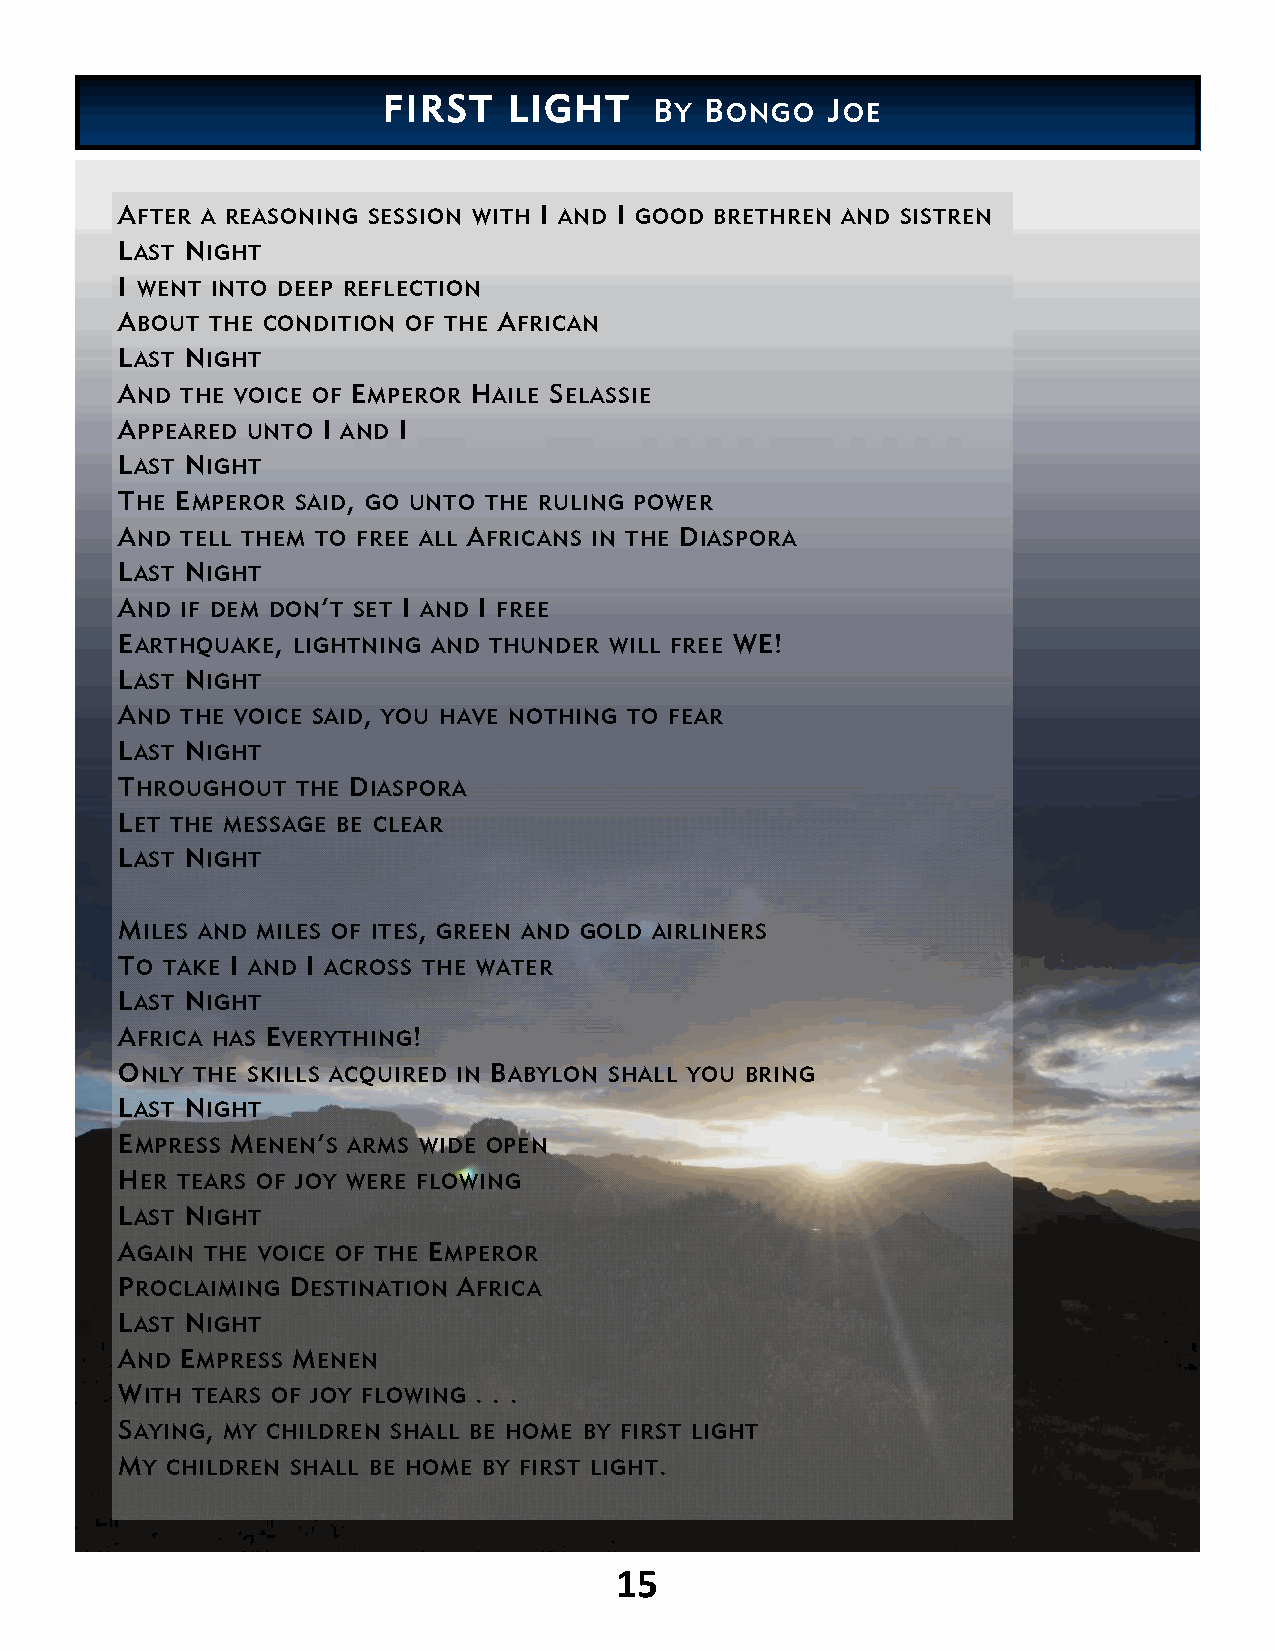
FIRST    LIGHT    BY  BONGO   JOE
 AFTER A REASONING SESSION WITH I AND I GOOD BRETHREN AND SISTREN
 LAST NIGHT
 I WENT INTO DEEP REFLECTION
 ABOUT THE CONDITION OF THE AFRICAN
 LAST NIGHT
 AND THE VOICE OF EMPEROR HAILE SELASSIE
 APPEARED UNTO I AND I
 LAST NIGHT
 THE EMPEROR SAID, GO UNTO THE RULING POWER
 AND TELL THEM TO FREE ALL AFRICANS IN THE DIASPORA
 LAST NIGHT
 AND IF DEM DON’T SET I AND I FREE
 EARTHQUAKE, LIGHTNING AND THUNDER WILL FREE WE!
 LAST NIGHT
 AND THE VOICE SAID, YOU HAVE NOTHING TO FEAR
 LAST NIGHT
 THROUGHOUT  THE DIASPORA
 LET THE MESSAGE BE CLEAR
 LAST NIGHT
 MILES AND MILES OF ITES, GREEN AND GOLD AIRLINERS
 TO TAKE I AND I ACROSS THE WATER
 LAST NIGHT
 AFRICA HAS EVERYTHING!
 ONLY THE SKILLS ACQUIRED IN BABYLON SHALL YOU BRING
 LAST NIGHT
 EMPRESS MENEN’S ARMS WIDE OPEN
 HER TEARS OF JOY WERE FLOWING
 LAST NIGHT
 AGAIN THE VOICE OF THE EMPEROR
 PROCLAIMING DESTINATION AFRICA
 LAST NIGHT
 AND EMPRESS MENEN
 WITH TEARS OF JOY FLOWING . . .
 SAYING, MY CHILDREN SHALL BE HOME BY FIRST LIGHT
 MY CHILDREN SHALL BE HOME BY FIRST LIGHT.
 15